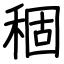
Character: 稒